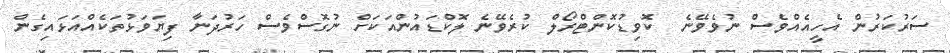
ސަރުކަރުން އެހީއެއްވެސް ނުވެވޭނެ  ކޮވިޑުކޮންޓްރޯލް ކުރެވޭނެ ލޮކްޑައުންއަކަށް ނުގޮސްވެސް ހަރުދަނާ ފިޔަވަޅުތަކެއްއަޅައިގެން